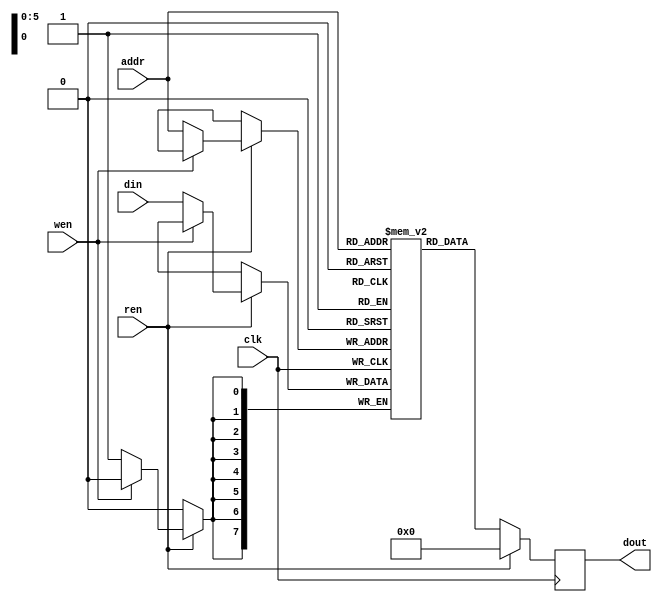
`timescale 1ns/1ps

module Memory (clk, ren, wen, addr, din, dout);
input clk;
input ren, wen;
input [6-1:0] addr;
input [8-1:0] din;
output [8-1:0] dout;

parameter m = 64, n = 8;
reg [n-1:0] mem[m-1:0];
reg [8-1:0] out;

assign dout = out;

always @(posedge clk) begin
    if (ren == 1'b0) begin
        out = mem[addr];
    end else begin
        if (wen == 1'b0) begin
            out = 8'd0;
            mem[addr] = din;
        end 
        else begin
            out = 8'd0;
        end
    end
end

endmodule